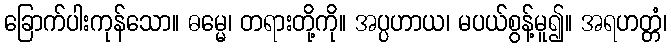
ခြောက်ပါးကုန်သော။ ဓမ္မေ၊ တရားတို့ကို။ အပ္ပဟာယ၊ မပယ်စွန့်မူ၍။ အရဟတ္တံ၊